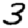
Digit: 3